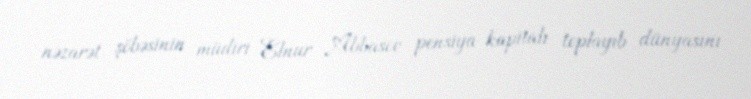
nəzarət şöbəsinin müdiri Elnur Abbasov pensiya kapitalı toplayıb dünyasını